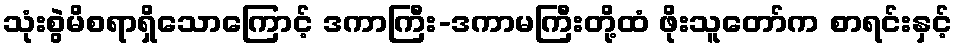
သုံးစွဲမိစရာရှိသောကြောင့် ဒကာကြီး-ဒကာမကြီးတို့ထံ ဖိုးသူတော်က စာရင်းနှင့်